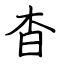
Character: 杳